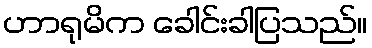
ဟာရုမိက ခေါင်းခါပြသည်။